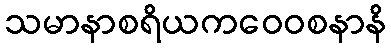
သမာနာစရိယကဝေဝစနာနိ